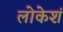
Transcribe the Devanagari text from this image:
लोकेशं